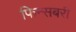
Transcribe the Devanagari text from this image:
फिन्सबरी